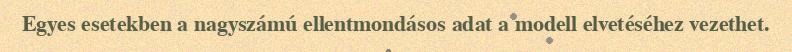
Egyes esetekben a nagyszámú ellentmondásos adat a modell elvetéséhez vezethet.